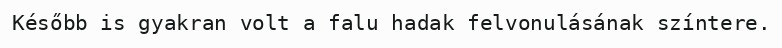
Később is gyakran volt a falu hadak felvonulásának színtere.